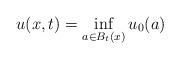
LaTeX: \begin{align*}u(x, t) = \inf_{a \in B_t(x)} u_0(a)\end{align*}